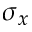
\sigma _ { x }